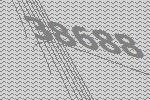
38688